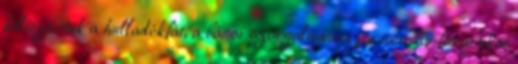
költöztettük a hulladékfát, a bácsi szorgalmasan járta a körfuvarokat